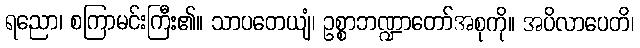
ရညော၊ စကြာမင်းကြီး၏။ သာပတေယျံ၊ ဥစ္စာဘဏ္ဍာတော်အစုကို။ အပိလာပေတိ၊